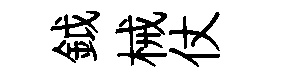
鉞械仗